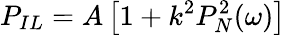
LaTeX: P_{IL}=A\left[1+k^{2}P_{N}^{2}(\omega)\right]